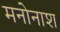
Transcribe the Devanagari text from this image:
मनोनाश